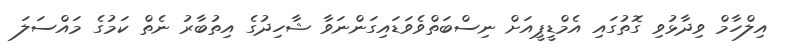
އިލްހާމް ވިދާޅުވި ގޮތުގައި އެމްޑީޕީއަށް ނިސްބަތްވެވަޑައިގަންނަވާ ޝާހިދުގެ އިތުބާރު ނެތް ކަމުގެ މައްސަލަ